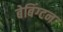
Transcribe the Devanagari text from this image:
बेबिंग्टन